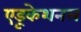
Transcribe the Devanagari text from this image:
एडूकेशनल